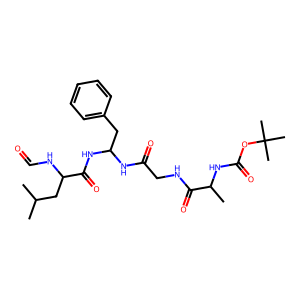
SMILES: CC(C)CC(NC=O)C(=O)NC(Cc1ccccc1)NC(=O)CNC(=O)C(C)NC(=O)OC(C)(C)C
Inhibits HIV replication: No